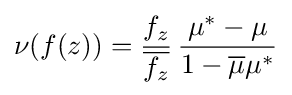
\displaystyle \nu (f(z))={f_{z} \over {\overline {f_{z}}}}\,{\mu ^{*}-\mu  \over 1-{\overline {\mu }}\mu ^{*}}